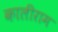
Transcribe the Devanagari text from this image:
कालीराम